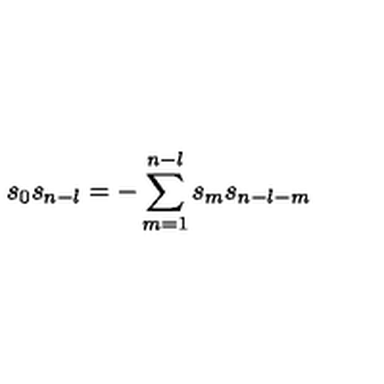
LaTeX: s _ { 0 } s _ { n - l } = - \sum _ { m = 1 } ^ { n - l } s _ { m } s _ { n - l - m }